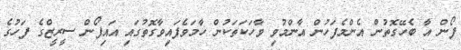
ފޯން އާ ބެހޭގޮތުން އެންމެފަހުން އާންމުވި ވާހަކަތަކުން ހާމަވެފައިވާގޮތުގައި އައިފޯން ސީރީޒްގެ ފަހުގެ